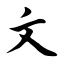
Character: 文